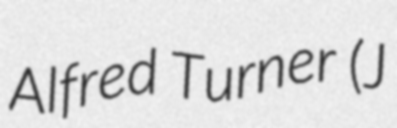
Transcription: Alfred Turner (J